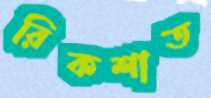
রিকশাত